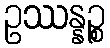
ဥဿန္နဉ္စ